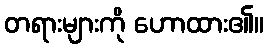
တရားများကို ဟောထား၏။